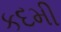
કદમી